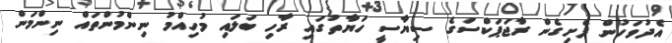
އެދުވަހުން ފެށިގެން ރާޖަޕަކްސަގެ ސިޔާސީ ހަޔާތުގައި ރާހި ބަލައި މުހިއްމު ނިންމުންތައް ނިންމަން